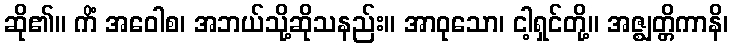
ဆို၏။ ကိံ အဝေါစ၊ အဘယ်သို့ဆိုသနည်း။ အာဝုသော၊ ငါ့ရှင်တို့။ အဇ္ဈတ္တိကာနိ၊